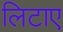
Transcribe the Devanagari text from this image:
लिटाए